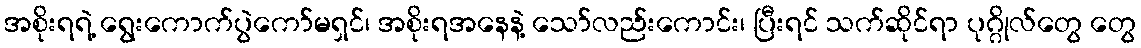
အစိုးရရဲ့ ရွေးကောက်ပွဲကော်မရှင်၊ အစိုးရအနေနဲ့ သော်လည်းကောင်း၊ ပြီးရင် သက်ဆိုင်ရာ ပုဂ္ဂိုလ်တွေ တွေ